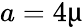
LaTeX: a=4\upmu